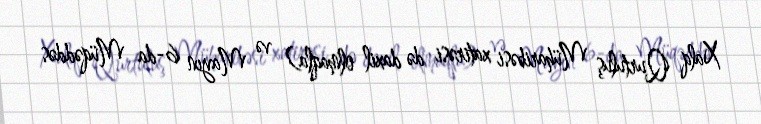
Xalq Qurtuluş Müharibəsi xatirəsi də daxil olmaqla) və Mayın 6-da Müqəddəs